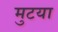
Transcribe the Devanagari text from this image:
मुटया